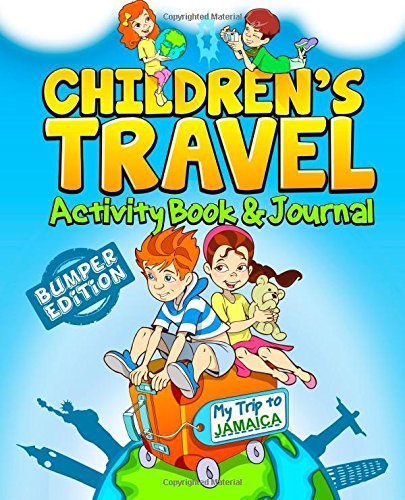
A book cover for Children's Travel Activity Book & Journal: My Trip to Jamaica; TravelJournalBooks; Travel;